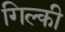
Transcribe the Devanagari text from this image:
गिल्की